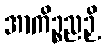
အာကိဉ္စညဉှိ